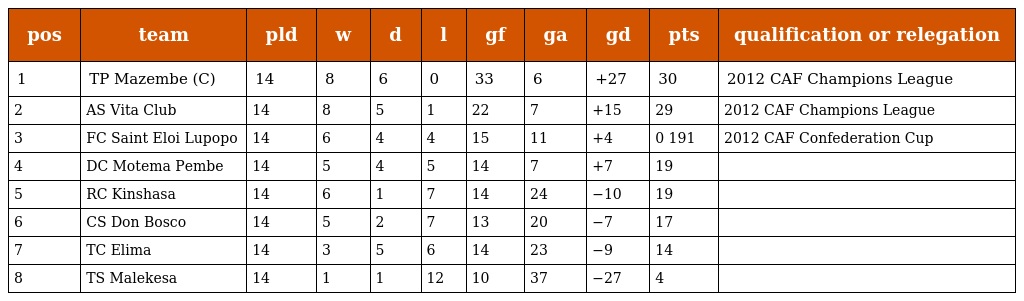
| pos | team | pld | w | d | l | gf | ga | gd | pts | qualification or relegation |
 | --- | --- | --- | --- | --- | --- | --- | --- | --- | --- | --- |
 | 1 | TP Mazembe (C) | 14 | 8 | 6 | 0 | 33 | 6 | +27 | 30 | 2012 CAF Champions League |
 | 2 | AS Vita Club | 14 | 8 | 5 | 1 | 22 | 7 | +15 | 29 | 2012 CAF Champions League |
 | 3 | FC Saint Eloi Lupopo | 14 | 6 | 4 | 4 | 15 | 11 | +4 | 0 191 | 2012 CAF Confederation Cup |
 | 4 | DC Motema Pembe | 14 | 5 | 4 | 5 | 14 | 7 | +7 | 19 |  |
 | 5 | RC Kinshasa | 14 | 6 | 1 | 7 | 14 | 24 | −10 | 19 |  |
 | 6 | CS Don Bosco | 14 | 5 | 2 | 7 | 13 | 20 | −7 | 17 |  |
 | 7 | TC Elima | 14 | 3 | 5 | 6 | 14 | 23 | −9 | 14 |  |
 | 8 | TS Malekesa | 14 | 1 | 1 | 12 | 10 | 37 | −27 | 4 |  |